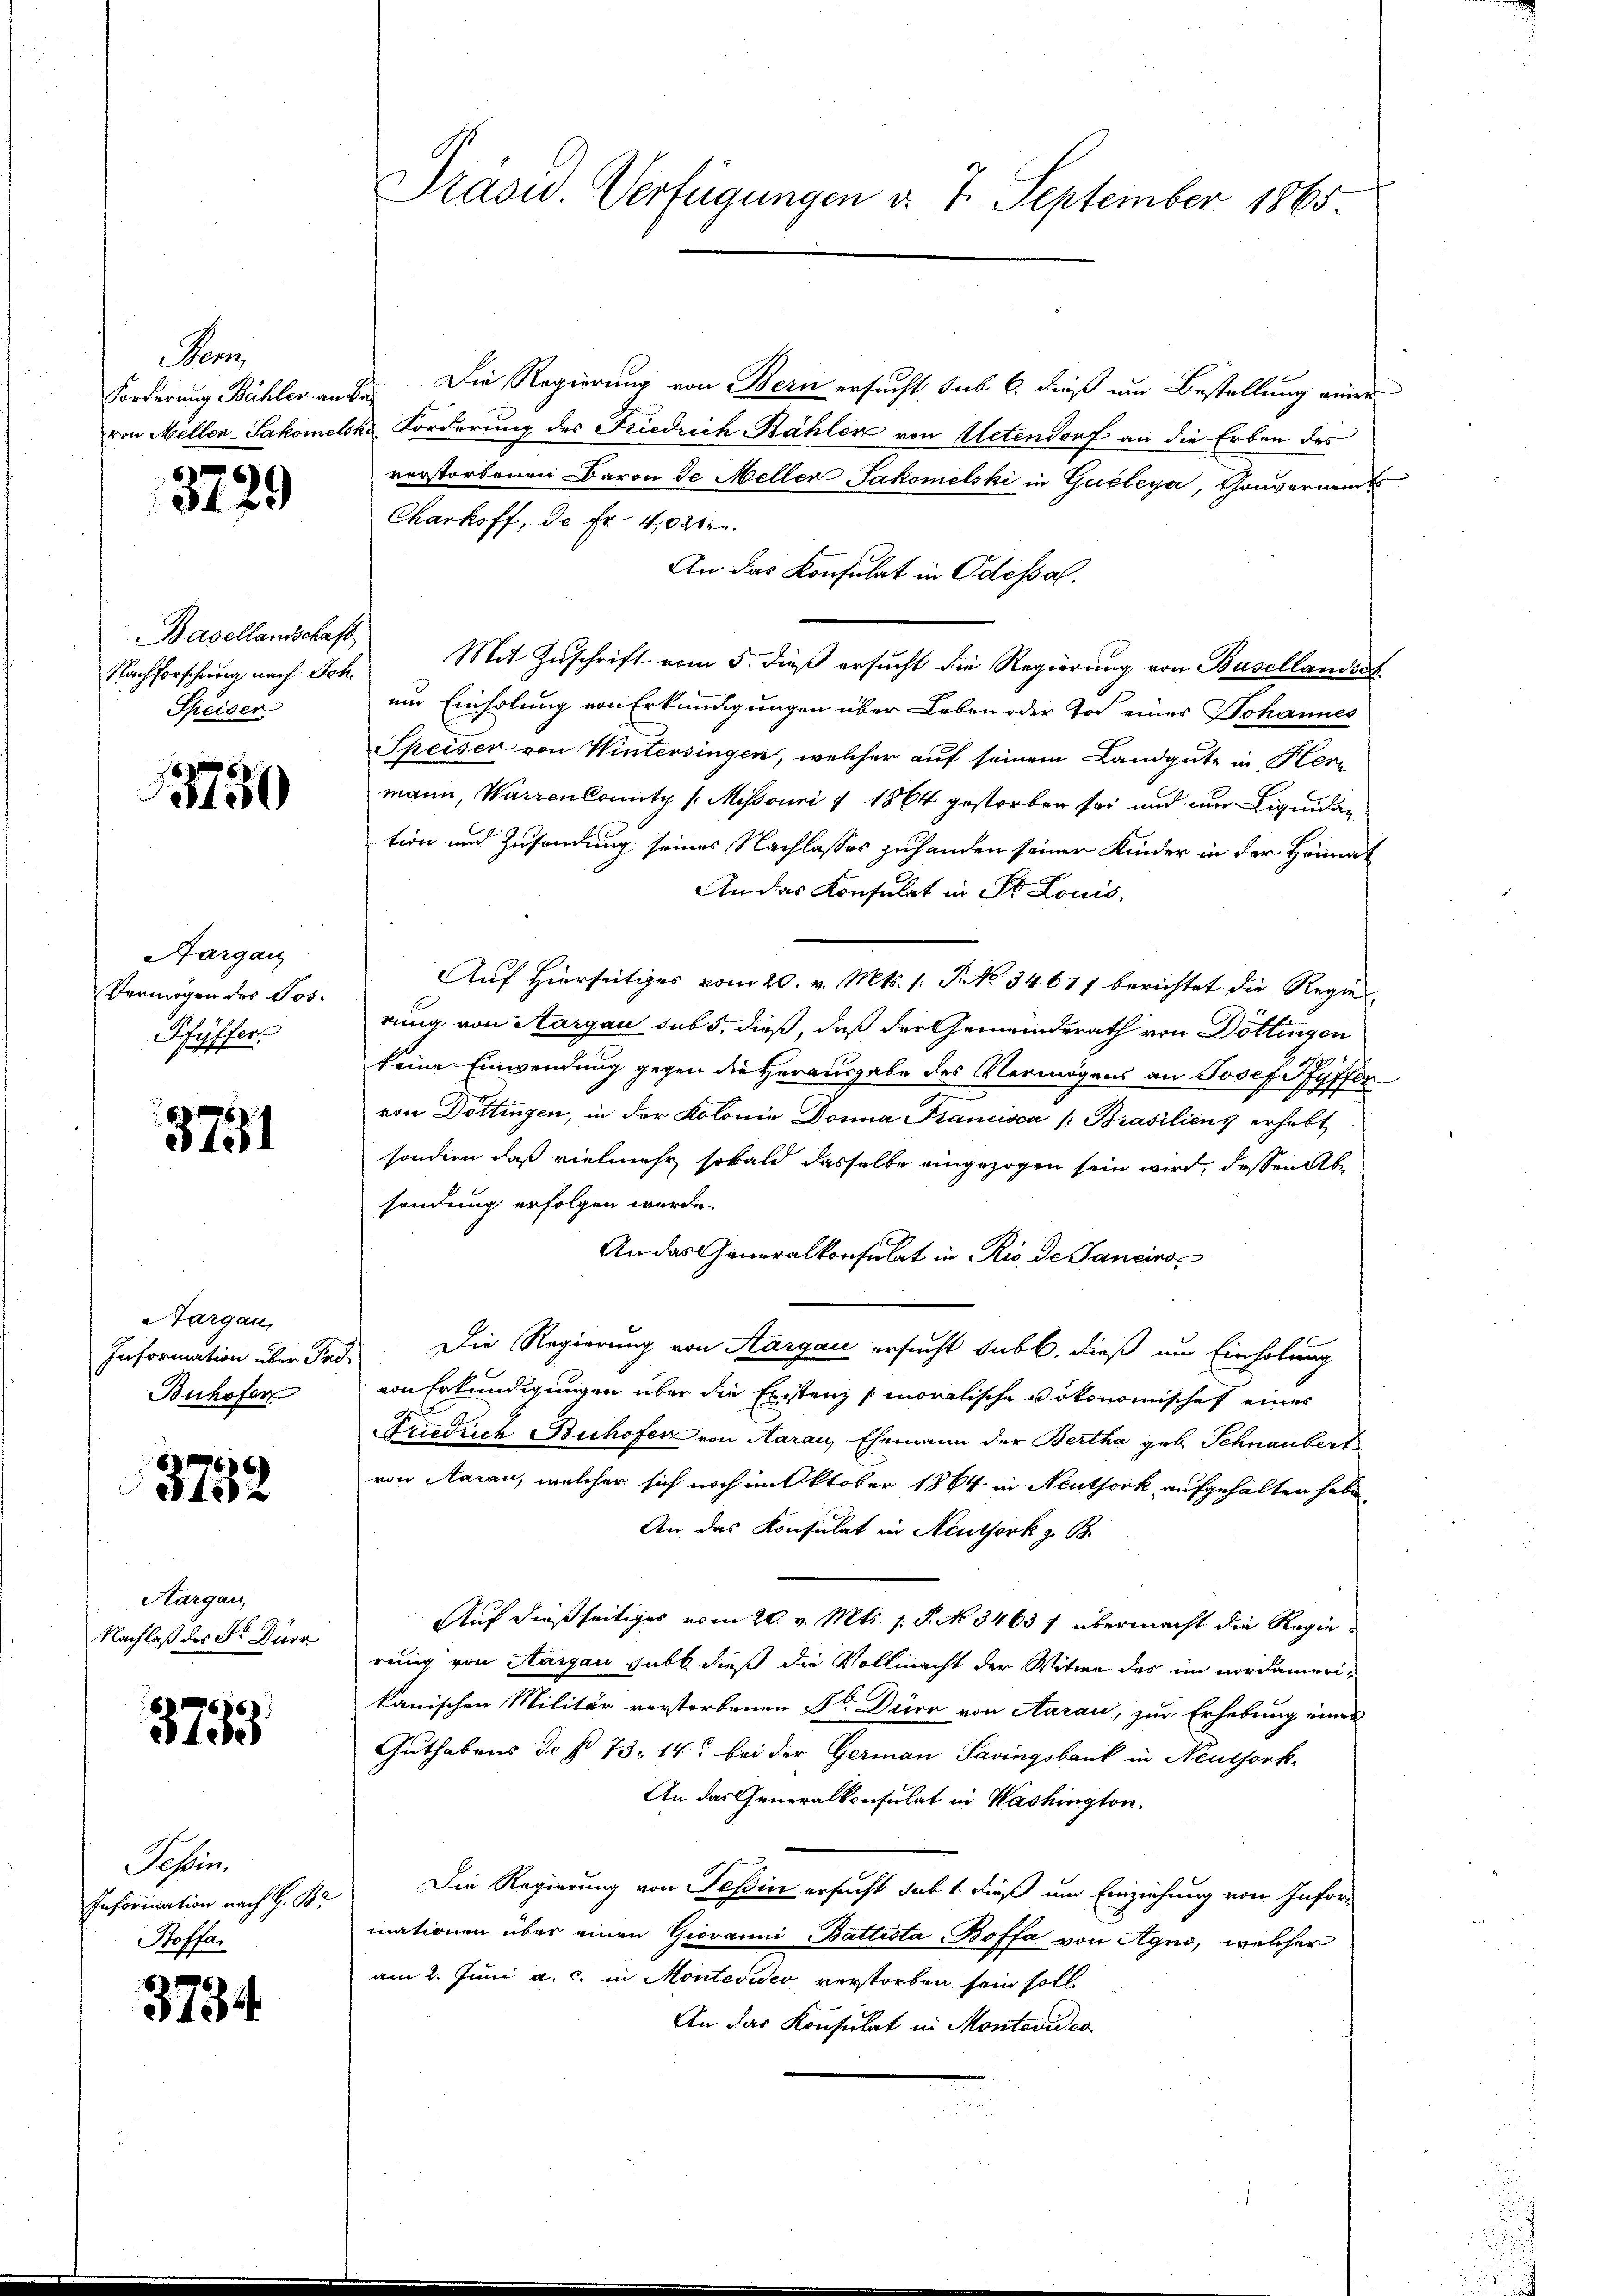
Pen

3729

Basellandschaft
Speiser

3750

Aargau
Vermögen des Jos.
Pfyffer

3751

Aargau,
Information über Pro
Buhofer

3732

Aargau
Nachlaß des Sr. Dürr

7618)
100

Tessin
Inforication nach G. B.
Poffar

3734

Präsid. Verfügungen d. 7. September 1865.

Forderung Bähler an der Die Regierung von Bern ersucht sub 6. dieß um Bestellung einer
von Meller-Sakomelske Forderung des Friedrich-Bähler von Uetendorf an die Erben des
verstorbenen Baron de Meller Sakomelski in Gucleya, Gouvernents
Charhoff, de Fr. 40 Mtr.
An das Konsulat in Odessal.
Nachforschŭng nach Joh. Mit Zŭschrift vom 5. dieβ ersŭcht die Regierung von Basellandest
um Einholung von Erkundigungen über Leben oder Tod eines Johannes
Speiser von Wintersingen, welcher auf seinem Landgute in Herr
mann, Warrenlounty (Misouri & 1864 gestorben sei und um Liquidan
tion und Zusendung seines Nachlasses zuhanden seiner Kinder in der Heimat
An das Konsulat in Fr. Louis,
Auf Hierseitiges vom 20. v. Mts. (: No 34617 berichtet die Regier
rung von Aargau sub 5. dieß, daß der Gemeinderath von Döttingen
x
keine Einwendung gegen die Herausgabe des Vermögens an Josef Pfyffer
von Döttingen, in der Kolonia Donna Francisca /: Brasiliens erhebt.
sondern daß vielmehr, sobald dasselbe eingezogen sein wird, dessen Absendung erfolgen werde.
An das Generalkonsulat in Rio de Tanciro¬
Die Regierung von Aargau ersucht sub b. dieß um Einholung
21
von Erkundigungen über die Existenz (moralische vökonomischef eines
Friedrich Buhofen von Aaraus, Ehemann der Bertha geb. Schnaubert
von Aarau, welcher sich noch im Oktober 1864 in Neuthork aufgehalten habe
An das Konsulat in Neuthork z. B
Auf dießseitiges vom 20. v. Mts. s P. N 3463 / übermacht die Regierung von Aargau gibt dieß die Vollmacht der Witwe des im nordamerikanischen Militär verstorbenen Sr. Dürr von Aarau, zur Erhebung eines
Guthabens de No 73. 14. bei der German Savingsbank in Neuthork
An das Generalkonsulat in Washington.
Die Regierung von Tessin ersucht sub 1. dieß um Einziehung von Infor-
mationen über einen Giovanni Battesta Boffa von Agno, welcher
am 2. Juni a. c. in Montevideo verstorben sein soll.
An das Konsulat in Montevideo